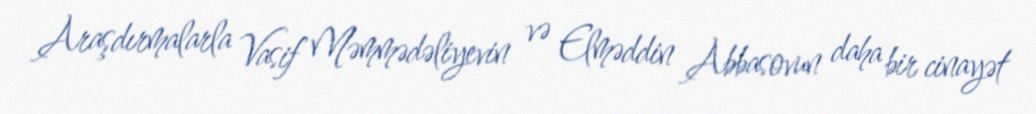
Araşdırmalarla Vasif Məmmədəliyevin və Elməddin Abbasovun daha bir cinayət